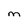
Character: M